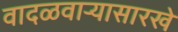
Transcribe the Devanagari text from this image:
वादळवाऱ्यासारखे